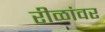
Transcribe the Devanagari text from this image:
रीळांवर